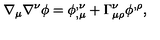
\nabla _ { \mu } \nabla ^ { \nu } \phi = \phi _ { , \mu } ^ { , \nu } + \Gamma _ { \mu \rho } ^ { \nu } \phi ^ { , \rho } ,